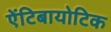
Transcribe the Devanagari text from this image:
एेंटिबायोटिक